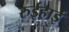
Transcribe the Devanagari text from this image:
रुईहाई